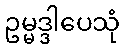
ဥမ္မဒ္ဒါပေသုံ